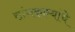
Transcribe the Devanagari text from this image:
सांगकाम्यांचे